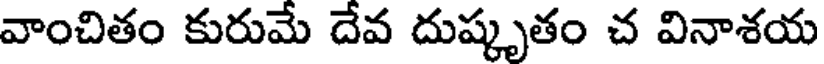
వాంచితం కురుమే దేవ దుష్కృతం చ వినాశయ